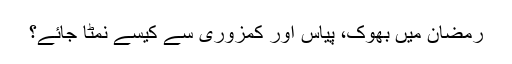
رمضان میں بھوک، پیاس اور کمزوری سے کیسے نمٹا جائے؟